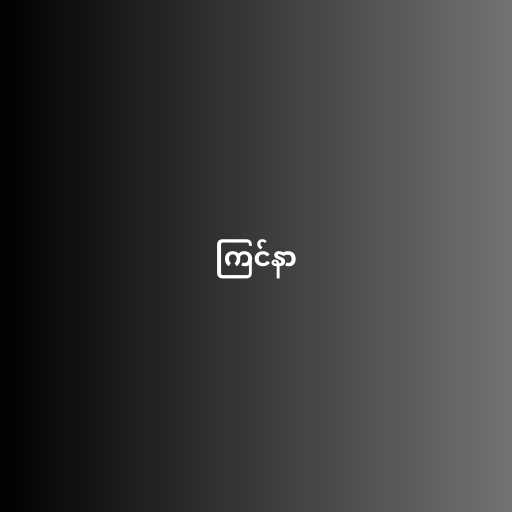
ကြင်နာ